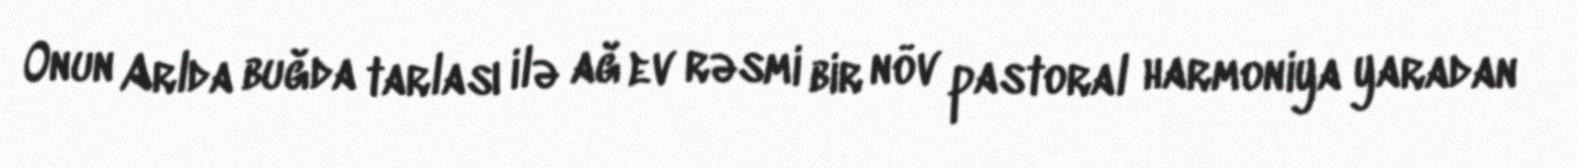
Onun Arlda buğda tarlası ilə ağ ev rəsmi bir növ pastoral harmoniya yaradan